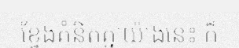
ខ្វែងគំនិតគ្នាយ៉ាងនេះ ក៏